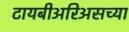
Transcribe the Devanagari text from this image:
टायबीअरिअसच्या